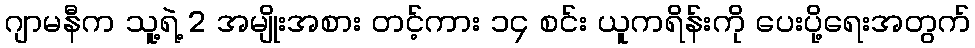
ဂျာမနီက သူ့ရဲ့ 2 အမျိုးအစား တင့်ကား ၁၄ စင်း ယူကရိန်းကို ပေးပို့ရေးအတွက်